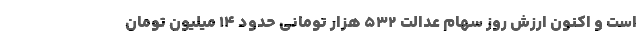
است و اکنون ارزش روز سهام عدالت ۵۳۲ هزار تومانی حدود ۱۴ میلیون تومان